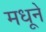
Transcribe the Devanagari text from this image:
मधूने